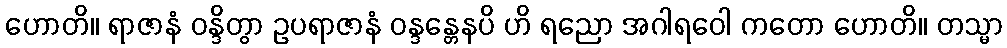
ဟောတိ။ ရာဇာနံ ဝန္ဒိတွာ ဥပရာဇာနံ ဝန္ဒန္တေနပိ ဟိ ရညော အဂါရဝေါ ကတော ဟောတိ။ တသ္မာ